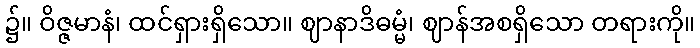
၌။ ဝိဇ္ဇမာနံ၊ ထင်ရှားရှိသော။ ဈာနာဒိဓမ္မံ၊ ဈာန်အစရှိသော တရားကို။